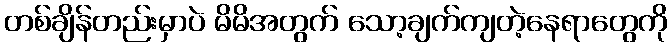
တစ်ချိန်တည်းမှာပဲ မိမိအတွက် သော့ချက်ကျတဲ့နေရာတွေကို